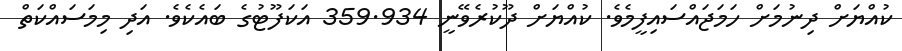
ކުއްޔަށް ދިނުމަށް ހަމަޖައްސައިފީމެވެ. ކުއްޔަށް ދޫކުރެވޭނީ 359.934 އަކަފޫޓުގެ ބައެކެވެ. އަދި މިމަސައްކަތް